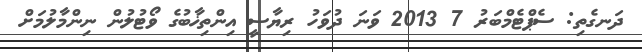
ދަނގެތި: ސެޕްޓެމްބަރު 7 2013 ވަނަ ދުވަހު ރިޔާސީ އިންތިޚާބުގެ ވޯޓުލުން ނިންމާލުމަށް